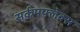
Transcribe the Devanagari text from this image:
सर्कमफ्लेक्स